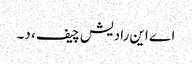
اے این رادیش چیف، د۔